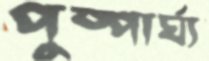
পুষ্পার্ঘ্য